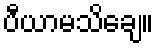
ပီယာမသိချေ။